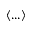
\langle . . . \rangle